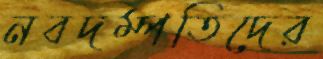
নবদম্পতিদের